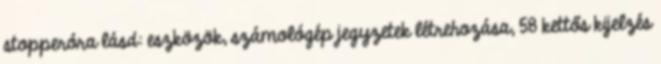
stopperóra lásd: eszközök, számológép jegyzetek létrehozása, 58 kettős kijelzés